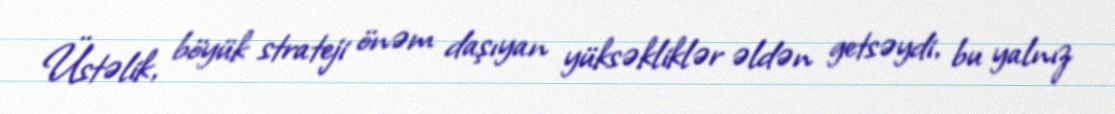
Üstəlik, böyük strateji önəm daşıyan yüksəkliklər əldən getsəydi, bu yalnız